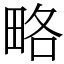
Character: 略